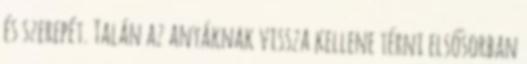
és szerepét. Talán az anyáknak vissza kellene térni elsősorban